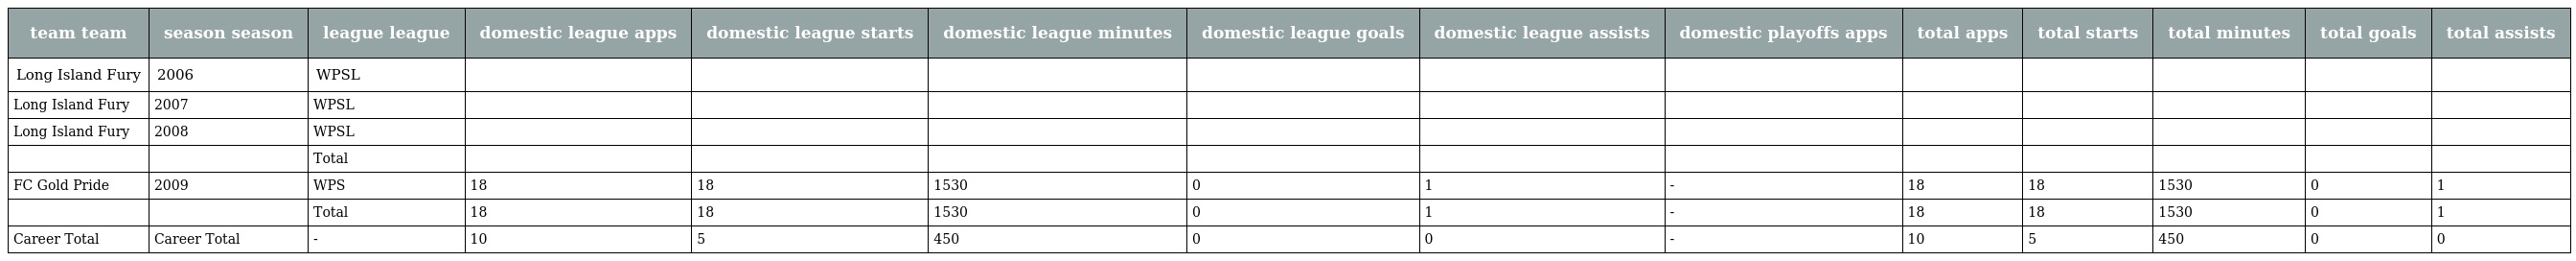
| team team | season season | league league | domestic league apps | domestic league starts | domestic league minutes | domestic league goals | domestic league assists | domestic playoffs apps | total apps | total starts | total minutes | total goals | total assists |
 | --- | --- | --- | --- | --- | --- | --- | --- | --- | --- | --- | --- | --- | --- |
 | Long Island Fury | 2006 | WPSL |  |  |  |  |  |  |  |  |  |  |  |
 | Long Island Fury | 2007 | WPSL |  |  |  |  |  |  |  |  |  |  |  |
 | Long Island Fury | 2008 | WPSL |  |  |  |  |  |  |  |  |  |  |  |
 |  |  | Total |  |  |  |  |  |  |  |  |  |  |  |
 | FC Gold Pride | 2009 | WPS | 18 | 18 | 1530 | 0 | 1 | - | 18 | 18 | 1530 | 0 | 1 |
 |  |  | Total | 18 | 18 | 1530 | 0 | 1 | - | 18 | 18 | 1530 | 0 | 1 |
 | Career Total | Career Total | - | 10 | 5 | 450 | 0 | 0 | - | 10 | 5 | 450 | 0 | 0 |